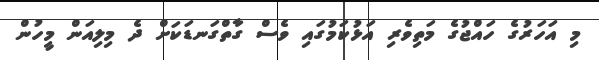
މި އަހަރުގެ ހައްޖުގެ މަތިވެރި އަޅުކަމުގައި ވެސް ގާތްގަނޑަކަށް ދެ މިލިއަން މީހުން